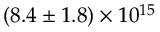
( 8 . 4 \pm 1 . 8 ) \times 1 0 ^ { 1 5 }